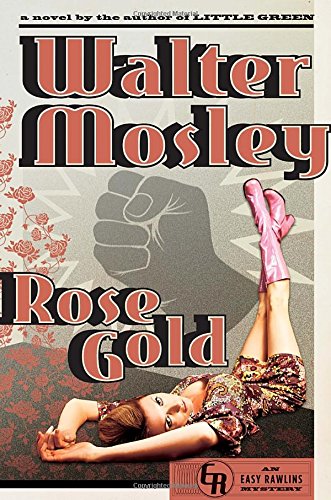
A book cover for Rose Gold: An Easy Rawlins Mystery; Walter Mosley; Mystery, Thriller & Suspense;